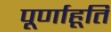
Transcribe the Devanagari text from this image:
पूर्णाहूति